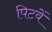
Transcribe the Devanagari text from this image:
पिटवें